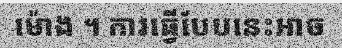
ម៉ោង ។ ការធ្វើបែបនេះអាច